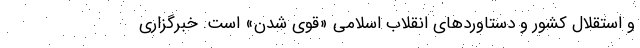
و استقلال کشور و دستاورد‌های انقلاب اسلامی «قوی شدن» است. خبرگزاری